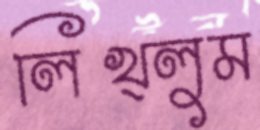
লিখ্লুম